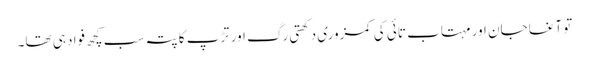
تو آغا جان اور مہتاب تائی کی کمزوری دکھتی رگ اور تڑپ کا پتہ سب کچھ فواد ہی تھا۔